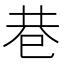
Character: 巷